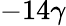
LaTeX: -14\gamma